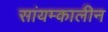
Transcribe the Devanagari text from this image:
सांयम्कालीन